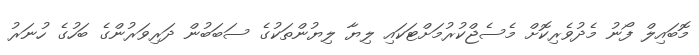
މޮބައިލް ފޯނު މެދުވެރިކޮށް މެސެޖްކުރުމަށްޓަކައި ލިޔާ ލިޔުންތަކުގެ ސަބަބުން ދަރިވަރުންގެ ބަހުގެ ހުނަރު